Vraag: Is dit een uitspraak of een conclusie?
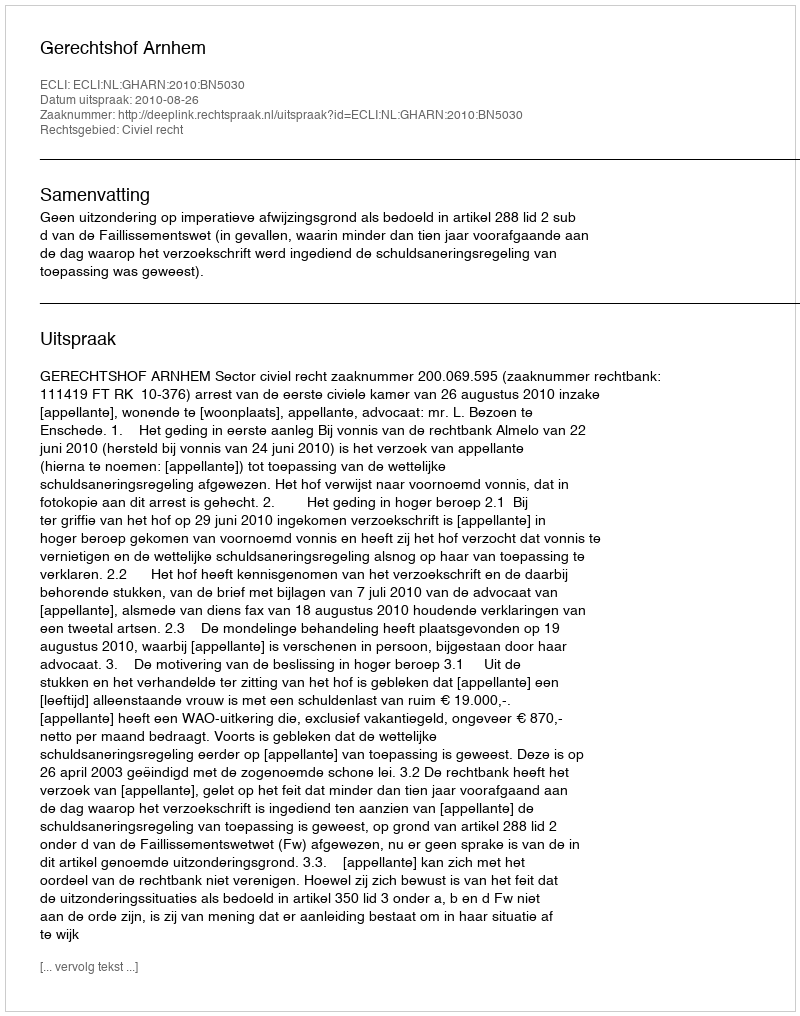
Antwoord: Uitspraak